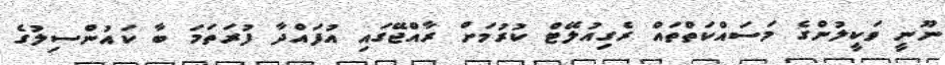
ނޫނީ ވަކީލުންގެ މަސައްކަތްތައް ރެގިއުލޭޓް ކުރުމަށް ރާއްޖޭގައި އުފައްދާ ފުރަތަމަ ބާ ކައުންސިލުގެ